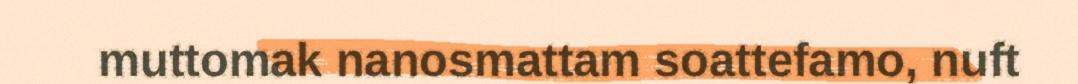
muttomak nanosmattam soattefamo, nuft